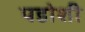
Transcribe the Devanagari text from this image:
पडोशी